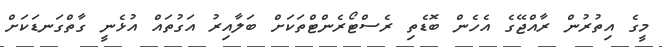
މީގެ އިތުރުން ރާއްޖޭގެ އެހެން ބޮޑެތި ރެސްޓޯރެންޓްތަކަށް ބަލާއިރު އަގުތައް އުޅެނީ ގާތްގަނޑަކަށް